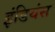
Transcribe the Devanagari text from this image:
इंडियंस